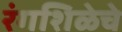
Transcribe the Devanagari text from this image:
रंगशिळेचे